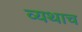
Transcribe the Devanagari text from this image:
व्यथाच